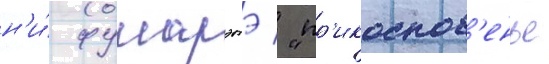
н'и́ фукарэтэ / "пр'икоснов'енье